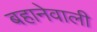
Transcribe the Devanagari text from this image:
बहानेवाली